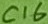
Text: C16